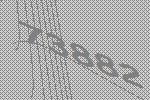
73882